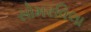
સોમરવિલા